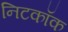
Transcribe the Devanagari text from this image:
निटकॉक